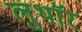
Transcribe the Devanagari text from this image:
लुथाॅर